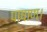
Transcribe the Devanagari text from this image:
पाषाण।